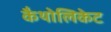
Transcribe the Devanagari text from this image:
कैथोलिकेट